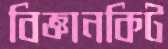
বিজ্ঞানকিট